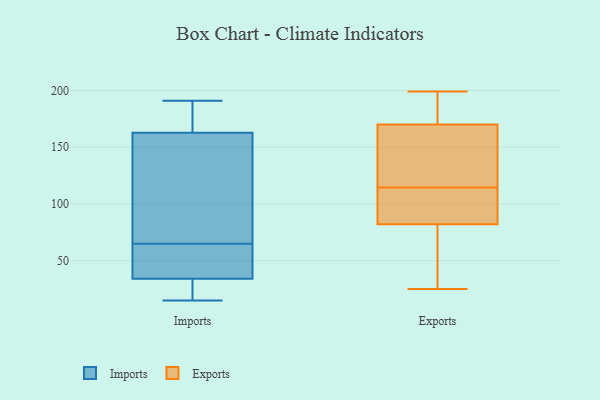
{"axis": {"x": "Operating Costs (USD K)", "y": "Value"}, "legend": ["Exports", "Imports"], "data": [{"x": "", "y": 34, "type": "Imports"}, {"x": "", "y": 35, "type": "Imports"}, {"x": "", "y": 174, "type": "Imports"}, {"x": "", "y": 29, "type": "Imports"}, {"x": "", "y": 191, "type": "Imports"}, {"x": "", "y": 34, "type": "Imports"}, {"x": "", "y": 112, "type": "Imports"}, {"x": "", "y": 112, "type": "Imports"}, {"x": "", "y": 32, "type": "Imports"}, {"x": "", "y": 191, "type": "Imports"}, {"x": "", "y": 110, "type": "Imports"}, {"x": "", "y": 65, "type": "Imports"}, {"x": "", "y": 170, "type": "Imports"}, {"x": "", "y": 23, "type": "Imports"}, {"x": "", "y": 41, "type": "Imports"}, {"x": "", "y": 58, "type": "Imports"}, {"x": "", "y": 141, "type": "Imports"}, {"x": "", "y": 15, "type": "Imports"}, {"x": "", "y": 177, "type": "Imports"}, {"x": "", "y": 145, "type": "Exports"}, {"x": "", "y": 181, "type": "Exports"}, {"x": "", "y": 86, "type": "Exports"}, {"x": "", "y": 90, "type": "Exports"}, {"x": "", "y": 82, "type": "Exports"}, {"x": "", "y": 107, "type": "Exports"}, {"x": "", "y": 198, "type": "Exports"}, {"x": "", "y": 122, "type": "Exports"}, {"x": "", "y": 175, "type": "Exports"}, {"x": "", "y": 139, "type": "Exports"}, {"x": "", "y": 151, "type": "Exports"}, {"x": "", "y": 75, "type": "Exports"}, {"x": "", "y": 170, "type": "Exports"}, {"x": "", "y": 199, "type": "Exports"}, {"x": "", "y": 62, "type": "Exports"}, {"x": "", "y": 89, "type": "Exports"}, {"x": "", "y": 25, "type": "Exports"}, {"x": "", "y": 81, "type": "Exports"}]}